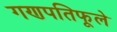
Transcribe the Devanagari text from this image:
गणपतिफूले